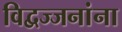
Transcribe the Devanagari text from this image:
विद्वज्जनांना